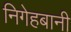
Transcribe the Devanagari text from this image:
निगेहबानी